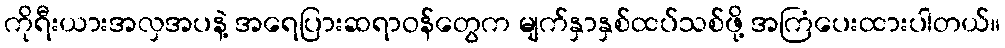
ကိုရီးယားအလှအပနဲ့ အရေပြားဆရာဝန်တွေက မျက်နှာနှစ်ထပ်သစ်ဖို့ အကြံပေးထားပါတယ်။